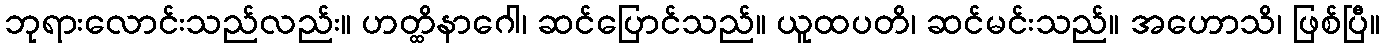
ဘုရားလောင်းသည်လည်း။ ဟတ္ထိနာဂေါ၊ ဆင်ပြောင်သည်။ ယူထပတိ၊ ဆင်မင်းသည်။ အဟောသိ၊ ဖြစ်ပြီ။